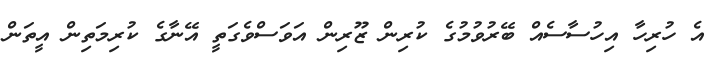
އެ ހުރިހާ އިހުސާސެއް ބޭރުވުމުގެ ކުރިން ޒޫރިން އަވަސްވެގަތީ އޭނާގެ ކުރިމަތިން އީތަން